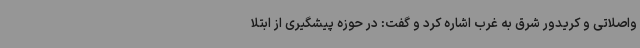
واصلاتی و کریدور شرق به غرب اشاره کرد و گفت: در حوزه پیشگیری از ابتلا